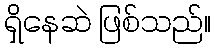
ရှိနေဆဲ ဖြစ်သည်။